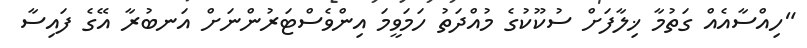
"ހިއްސާއެއް ގަތުމާ ޚިލާފަށް ސުކޫކުގެ މުއްދަތު ހަމަވީމަ އިންވެސްޓަރުންނަށް އަނބުރާ އޭގެ ފައިސާ